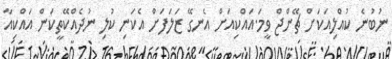
ނުބުނެ ކުއްލިއަކަށް ޗޭންޖް ވީމަ.އައްކިއަށް އެނގޭ ޒަލަފަށް އެކަނި ކުލި ނުދެއްކޭތީކަން އައްކިއާ